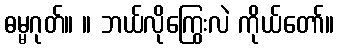
ဓမ္မဂုတ်။ ။ ဘယ်လိုကြွေးလဲ ကိုယ်တော်။